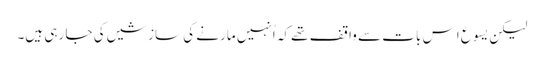
‏ لیکن یسوع اِس بات سے واقف تھے کہ اُنہیں مارنے کی سازشیں کی جا رہی ہیں۔